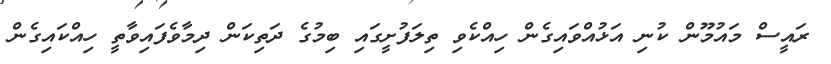
ރައީސް މައުމޫން ކުނި އަޅުއްވައިގެން ހިއްކެވި ތިލަފުށީގައި ބިމުގެ ދަތިކަން ދިމާވެފައިވާތީ ހިއްކައިގެން